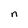
Character: n